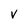
Character: v